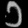
Digit: ၁